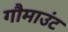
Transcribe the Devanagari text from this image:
गौमाउंट